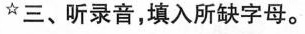
☆三、听录音,填入所缺字母.